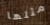
مثلها